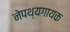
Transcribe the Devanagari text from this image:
नेपथ्यगायक